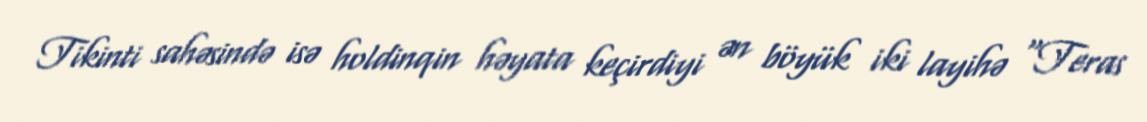
Tikinti sahəsində isə holdinqin həyata keçirdiyi ən böyük iki layihə “Teras